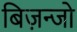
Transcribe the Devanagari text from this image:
बिज़न्जो